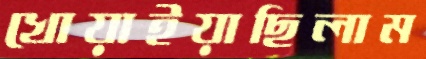
খোয়াইয়াছিলাম